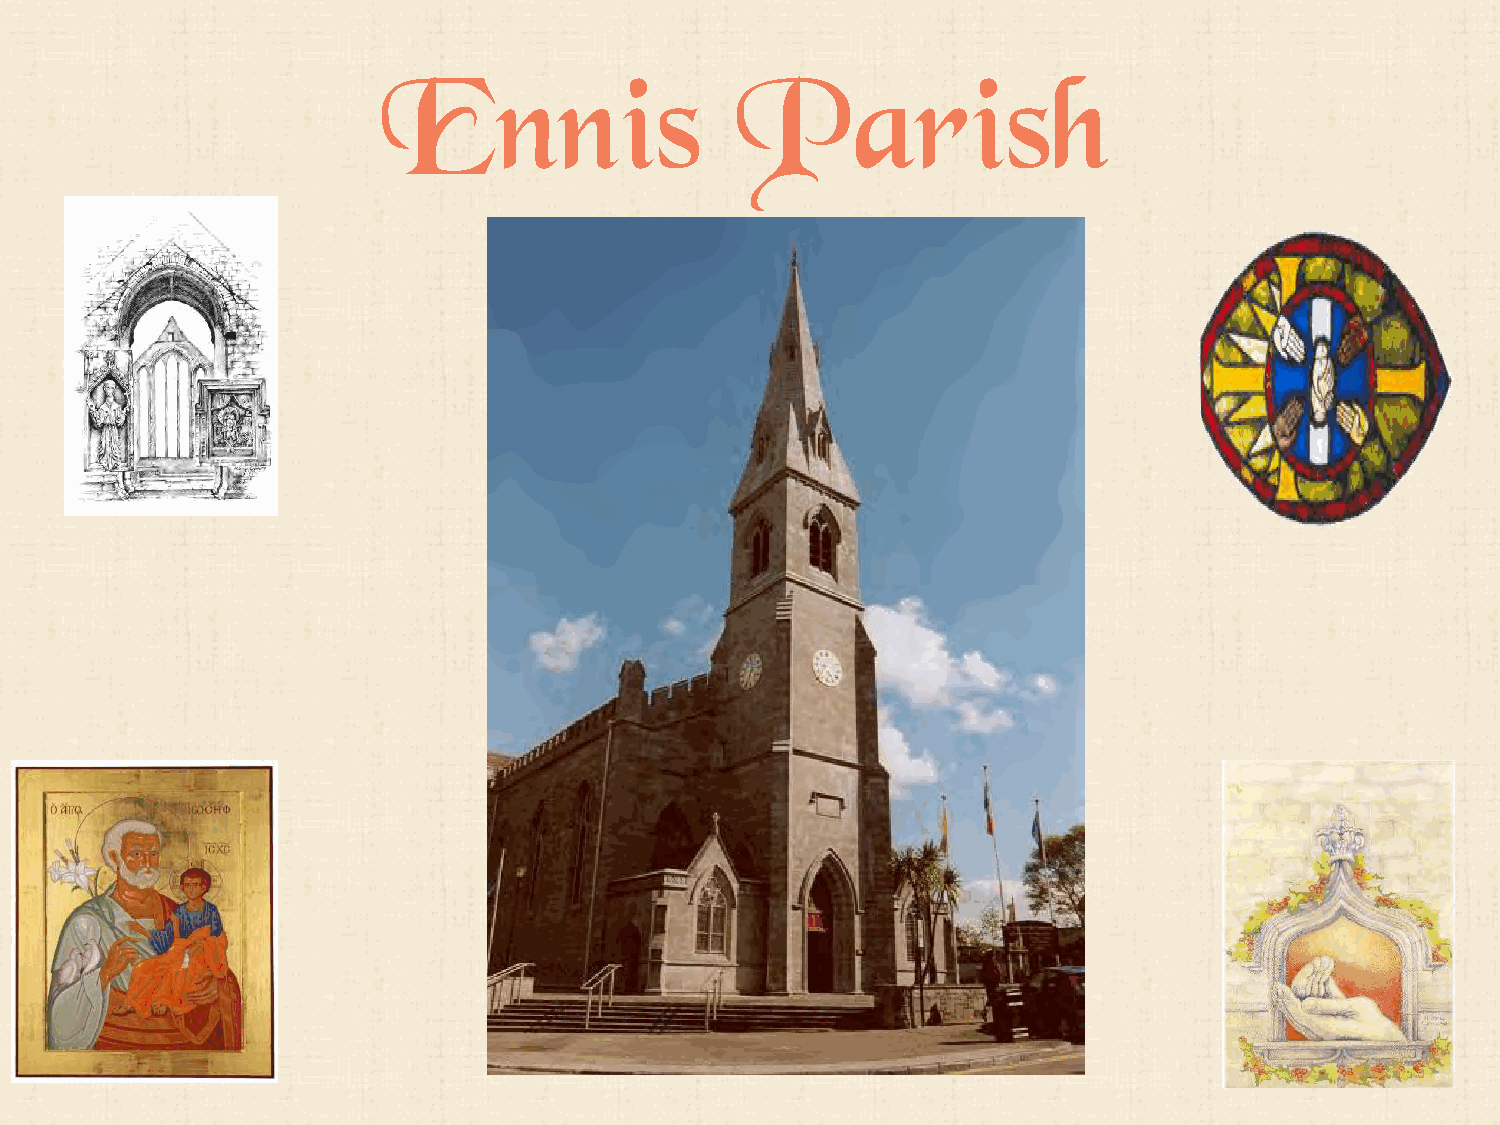
Ennis                   Parish